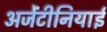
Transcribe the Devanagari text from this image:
अर्जेंटीनियाई